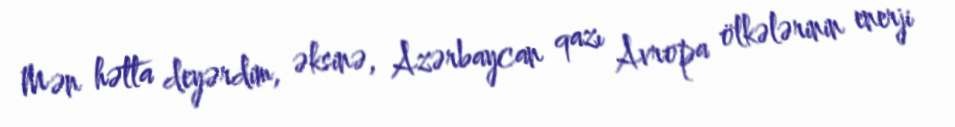
Mən hətta deyərdim, əksinə, Azərbaycan qazı Avropa ölkələrinin enerji